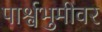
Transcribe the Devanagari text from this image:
पार्श्वभुमीवर